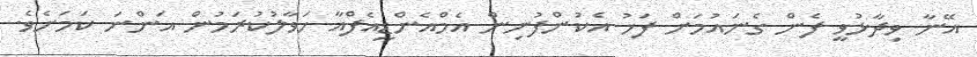
އޭނާ ވިދާޅުވީ ފެން ގެނައުމަށް ފަހު އެކުންފުނިން އެމްއެންޑީއެފްއާ ހަވާލުކުރަމުން އަންނަ ކަމަށެވެ.